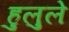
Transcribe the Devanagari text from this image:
हुलुले